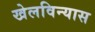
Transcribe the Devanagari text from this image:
खेलविन्यास